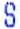
S